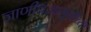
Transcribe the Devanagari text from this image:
जाणीवजागृतीच्या